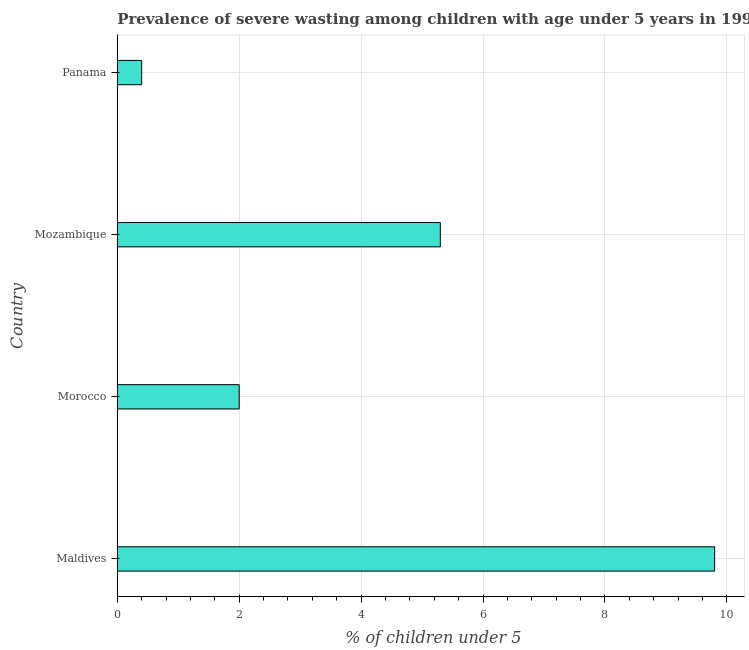
| Country | Prevalence of severe wasting |
 | --- | --- |
 | Maldives | 9.8 |
 | Morocco | 2 |
 | Mozambique | 5.3 |
 | Panama | 0.4 |